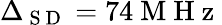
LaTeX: \Delta_{\mathrm{~S~D~}}=74\mathrm{~M~H~z~}